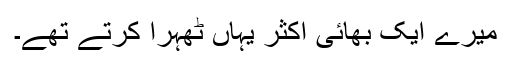
میرے ایک بھائی اکثر یہاں ٹھہرا کرتے تھے۔